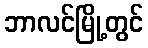
ဘာလင်မြို့တွင်